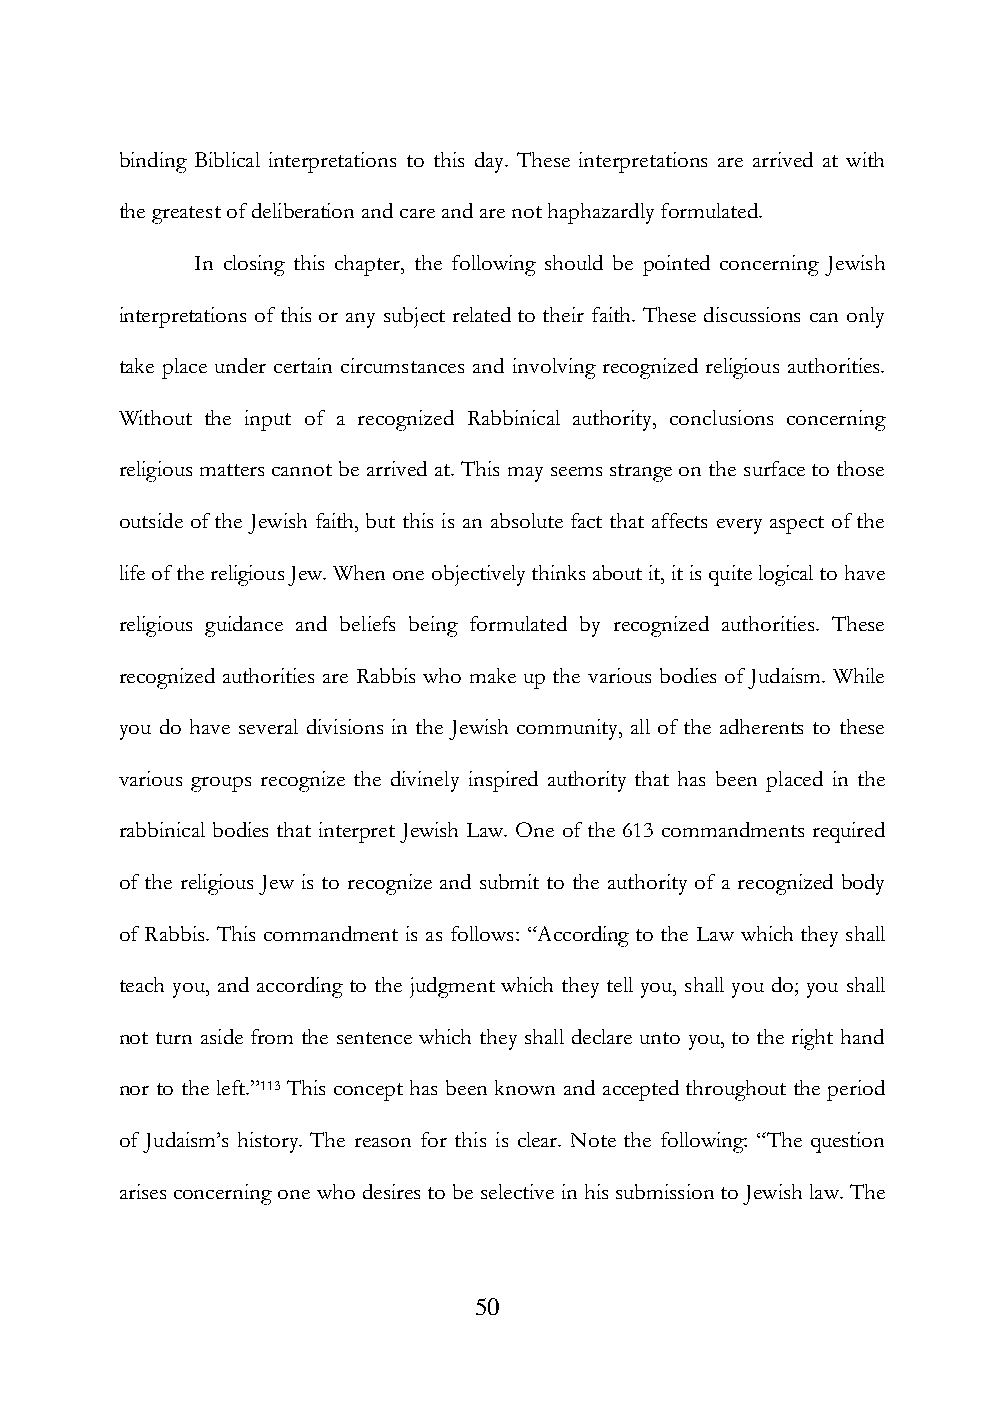
binding Biblical interpretations to this day. These interpretations are arrived at with
 the greatest of deliberation and care and are not haphazardly formulated.
 In closing this chapter, the following should be pointed concerning Jewish
 interpretations of this or any subject related to their faith. These discussions can only
 take place under certain circumstances and involving recognized religious authorities.
 Without the input of a recognized Rabbinical authority, conclusions concerning
 religious matters cannot be arrived at. This may seems strange on the surface to those
 outside of the Jewish faith, but this is an absolute fact that affects every aspect of the
 life of the religious Jew. When one objectively thinks about it, it is quite logical to have
 religious guidance and beliefs being formulated by recognized authorities. These
 recognized authorities are Rabbis who make up the various bodies of Judaism. While
 you do have several divisions in the Jewish community, all of the adherents to these
 various groups recognize the divinely inspired authority that has been placed in the
 rabbinical bodies that interpret Jewish Law. One of the 613 commandments required
 of the religious Jew is to recognize and submit to the authority of a recognized body
 of Rabbis. This commandment is as follows: “According to the Law which they shall
 teach you, and according to the judgment which they tell you, shall you do; you shall
 not turn aside from the sentence which they shall declare unto you, to the right hand
 nor to the left.”113 This concept has been known and accepted throughout the period
 of Judaism‟s history. The reason for this is clear. Note the following: “The question
 arises concerning one who desires to be selective in his submission to Jewish law. The
 50